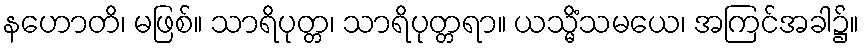
နဟောတိ၊ မဖြစ်။ သာရိပုတ္တ၊ သာရိပုတ္တရာ။ ယသ္မိံသမယေ၊ အကြင်အခါ၌။